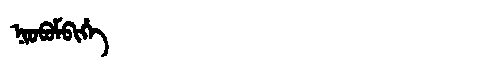
Manchu: ᠨᡳᠣᠪᠣᠮᠪᡳᡥᡝ
Romanization: NIOBOMBIHE